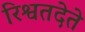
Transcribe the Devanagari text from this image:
रिश्वतदेते